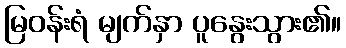
မြဝန်းရံ မျက်နှာ ပူနွေးသွား၏။